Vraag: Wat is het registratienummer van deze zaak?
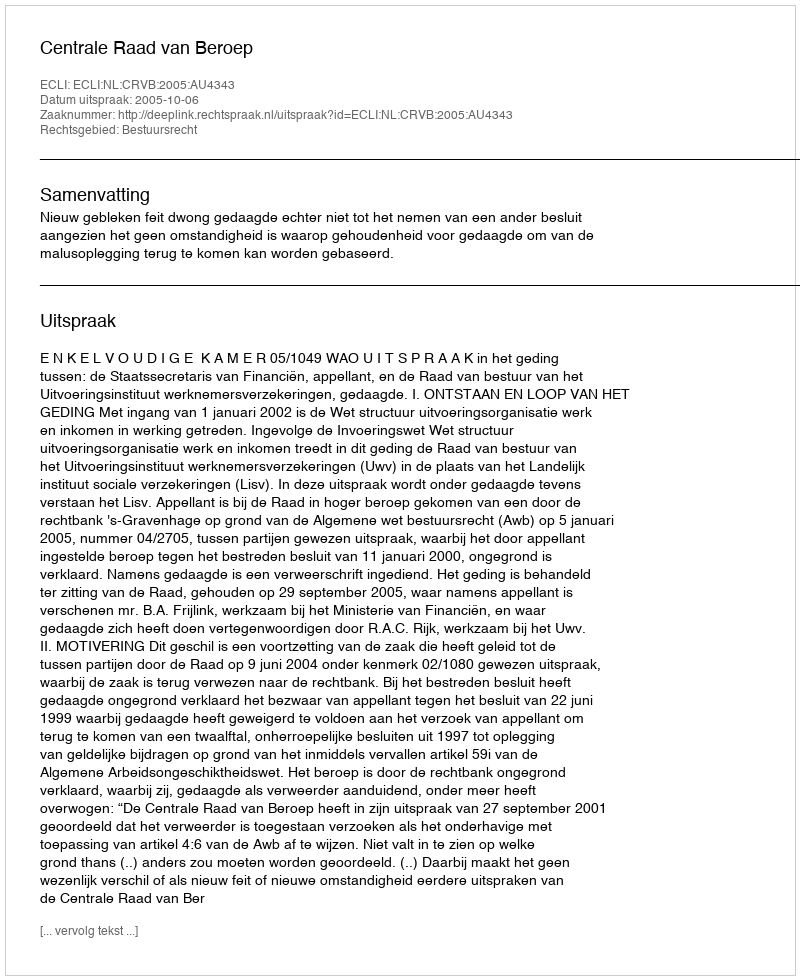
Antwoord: http://deeplink.rechtspraak.nl/uitspraak?id=ECLI:NL:CRVB:2005:AU4343